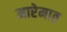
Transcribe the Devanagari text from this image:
मारेमात